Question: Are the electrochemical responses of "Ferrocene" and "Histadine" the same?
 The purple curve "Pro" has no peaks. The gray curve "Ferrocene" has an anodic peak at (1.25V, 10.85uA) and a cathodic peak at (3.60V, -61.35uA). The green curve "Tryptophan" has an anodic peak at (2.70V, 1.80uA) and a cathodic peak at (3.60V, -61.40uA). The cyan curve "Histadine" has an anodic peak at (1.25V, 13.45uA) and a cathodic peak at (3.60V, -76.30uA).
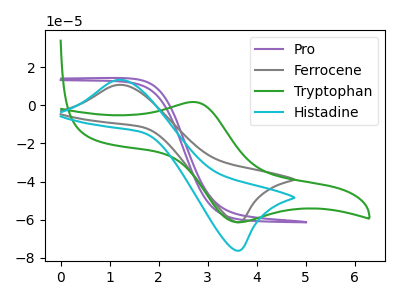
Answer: <think>All the peaks in "Ferrocene" have a peak in "Histadine" at the same potential. Every peak in "Ferrocene" is lower than every peak in "Histadine".
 </think>
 <answer>"Ferrocene" and "Histadine" are similar in shape.</answer>
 <eval>same_shape</eval>